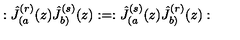
: \hat { J } _ { ( a } ^ { ( r ) } ( z ) \hat { J } _ { b ) } ^ { ( s ) } ( z ) : = : \hat { J } _ { ( a } ^ { ( s ) } ( z ) \hat { J } _ { b ) } ^ { ( r ) } ( z ) :